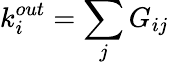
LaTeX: k_{i}^{out}=\sum_{j}G_{ij}